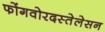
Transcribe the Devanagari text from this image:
फोंगवोरदस्तेलेसन